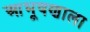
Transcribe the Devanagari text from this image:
आभूषणाला